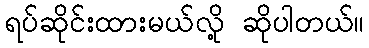
ရပ်ဆိုင်းထားမယ်လို့ ဆိုပါတယ်။